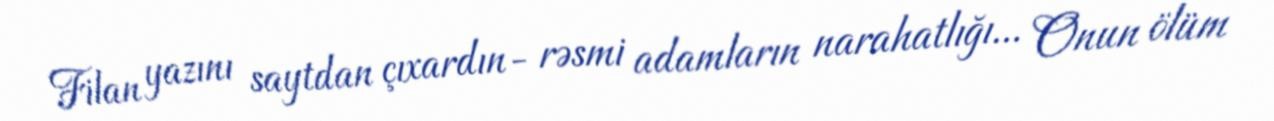
Filan yazını saytdan çıxardın- rəsmi adamların narahatlığı... Onun ölüm